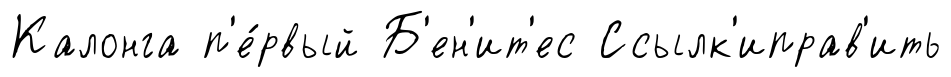
Калонга п'е́рвый Б'ен'ит'ес Ссылк'иправ'ить